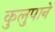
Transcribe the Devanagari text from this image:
कुलुपाने